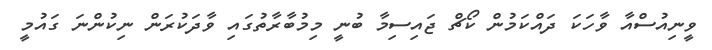
ވީނިއުސްއާ ވާހަކަ ދައްކަމުން ކޯޗް ޖައިސިމާ ބުނީ މިމުބާރާތުގައި ވާދަކުރަން ނިކުންނަ ގައުމީ